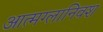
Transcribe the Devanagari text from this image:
आत्मग्लानिवश